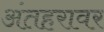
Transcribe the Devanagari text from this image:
अंतहरावर